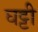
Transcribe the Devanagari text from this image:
घट्टी